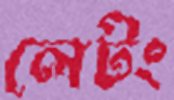
লেটং